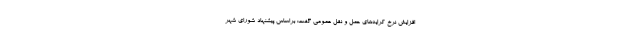
افزایش نرخ کرایه‌های حمل و نقل عمومی گفت: براساس پیشنهاد شورای شهر